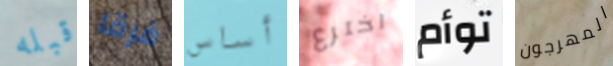
قبله فرقا أساس اخترع توأم المهرجون